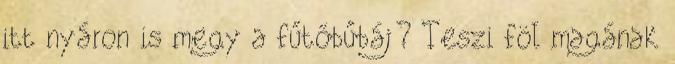
itt nyáron is megy a fűtőbűbáj? Teszi föl magának